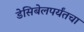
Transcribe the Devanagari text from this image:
डेसिबेलपर्यंतचा